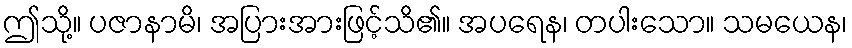
ဤသို့။ ပဇာနာမိ၊ အပြားအားဖြင့်သိ၏။ အပရေန၊ တပါးသော။ သမယေန၊